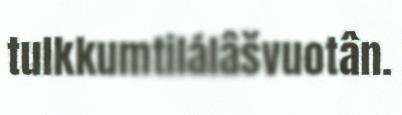
tulkkumtilálâšvuotân.